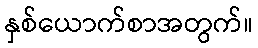
နှစ်ယောက်စာအတွက်။